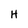
Character: H